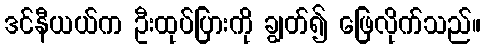
ဒင်နီယယ်က ဦးထုပ်ပြားကို ချွတ်၍ ဖြေလိုက်သည်။